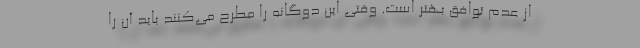
از عدم توافق بهتر است. وقتی این دوگانه را مطرح می‌کنند باید آن را